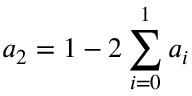
a _ { 2 } = 1 - 2 \sum _ { i = 0 } ^ { 1 } a _ { i }